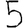
Digit: 5